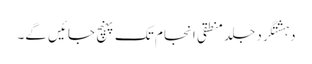
دہشتگرد جلد منطقی انجام تک پہنچ جائیں گے۔